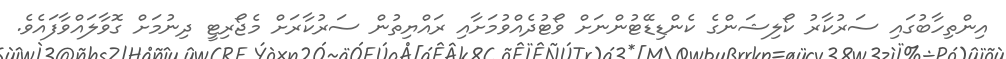
އިންތިހާބުގައި ސަރުކާރު ކޯލިޝަންގެ ކެންޑިޑޭޓުންނަށް ވޯޓުދެއްވުމަށާއި ރައްޔިތުން ސަރުކާރަށް މެޖޯރިޓީ ދިނުމަށް ގޮވާލައްވާފައެވެ.